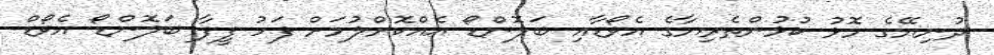
ދުނިޔޭގެ މޮޅު ކުޅުންތެރިޔާގެ އެވޯޑާއި ބަލޮންޑޯ އެއްކޮށްލުމަށް ފަހު ފީފާ ބަލޮންޑޯ އެވޯޑް